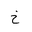
Letter: _kha